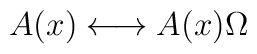
A(x)\longleftrightarrow A(x)\Omega